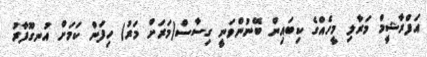
އަފްރާޝީމް މަރާލި މީހެއްގެ ކިބައިން ބޭނުންވަނީ ގިސާސް(މަރަށް މަރު) ހިފަން ކަމަށް އުނގޫފާރު